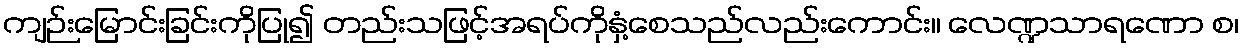
ကျဉ်းမြောင်းခြင်းကိုပြု၍ တည်းသဖြင့်အရပ်ကိုနှံ့စေသည်လည်းကောင်း။ လေဏ္ဍသာရဏော စ၊